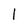
Character: l